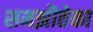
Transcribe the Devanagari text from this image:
समझौतेका